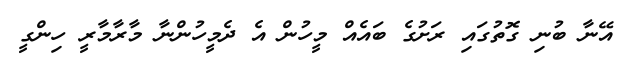
އޭނާ ބުނި ގޮތުގައި ރަށުގެ ބައެއް މީހުން އެ ދެމީހުންނާ މާރާމާރީ ހިންގީ